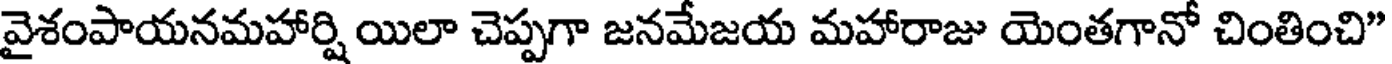
వైశంపాయనమహార్షి యిలా చెప్పగా జనమేజయ మహారాజు యెంతగానో చింతించి"